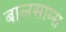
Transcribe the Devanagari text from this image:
बालसाम्स